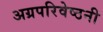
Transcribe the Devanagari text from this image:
अग्रपरिवेष्ठनी